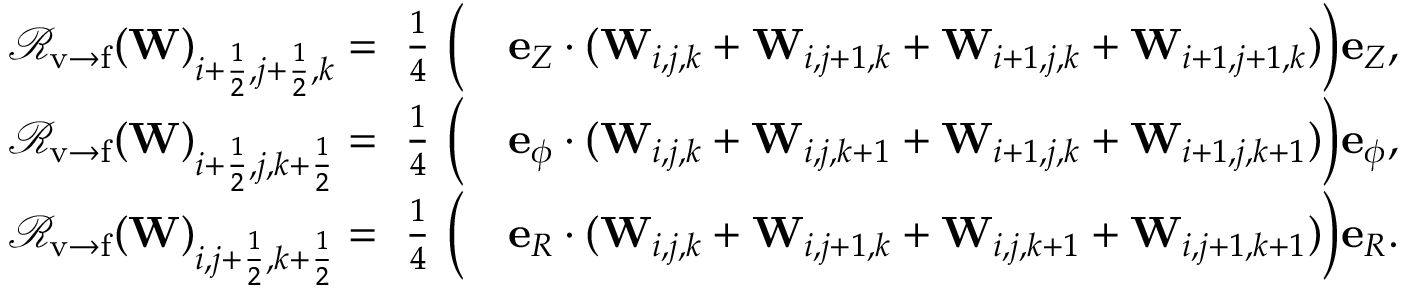
\begin{array} { r l } { { \mathcal { R } } _ { \mathrm { v \rightarrow f } } ( \mathbf { W } ) _ { i + \frac { 1 } { 2 } , j + \frac { 1 } { 2 } , k } = ~ \frac { 1 } { 4 } ~ { \Big ( } } & { { } \mathbf { e } _ { Z } \cdot ( \mathbf { W } _ { i , j , k } + \mathbf { W } _ { i , j + 1 , k } + \mathbf { W } _ { i + 1 , j , k } + \mathbf { W } _ { i + 1 , j + 1 , k } ) { \Big ) } \mathbf { e } _ { Z } , } \\ { { \mathcal { R } } _ { \mathrm { v \rightarrow f } } ( \mathbf { W } ) _ { i + \frac { 1 } { 2 } , j , k + \frac { 1 } { 2 } } = ~ \frac { 1 } { 4 } ~ { \Big ( } } & { { } \mathbf { e } _ { \phi } \cdot ( \mathbf { W } _ { i , j , k } + \mathbf { W } _ { i , j , k + 1 } + \mathbf { W } _ { i + 1 , j , k } + \mathbf { W } _ { i + 1 , j , k + 1 } ) { \Big ) } \mathbf { e } _ { \phi } , } \\ { { \mathcal { R } } _ { \mathrm { v \rightarrow f } } ( \mathbf { W } ) _ { i , j + \frac { 1 } { 2 } , k + \frac { 1 } { 2 } } = ~ \frac { 1 } { 4 } ~ { \Big ( } } & { { } \mathbf { e } _ { R } \cdot ( \mathbf { W } _ { i , j , k } + \mathbf { W } _ { i , j + 1 , k } + \mathbf { W } _ { i , j , k + 1 } + \mathbf { W } _ { i , j + 1 , k + 1 } ) { \Big ) } \mathbf { e } _ { R } . } \end{array}